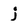
Character: j